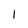
Character: 1